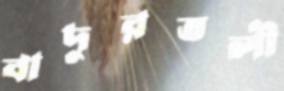
বাদুরতলী